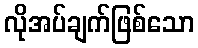
လိုအပ်ချက်ဖြစ်သော